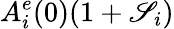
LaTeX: A_{i}^{e}(0)(1+\mathscr{S}_{i})